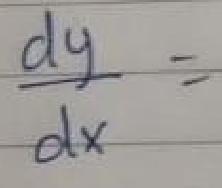
$\frac{dy}{dx}=$